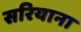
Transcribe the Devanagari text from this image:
सरियाना